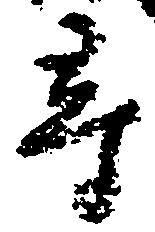
尋